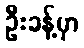
ဦးခန့်မှာ